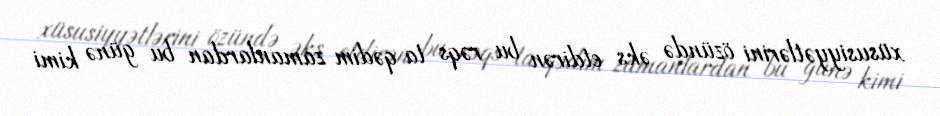
xüsusiyyətlərini özündə əks etdirən bu rəqs ta qədim zamanlardan bu günə kimi